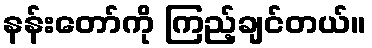
နန်းတော်ကို ကြည့်ချင်တယ်။